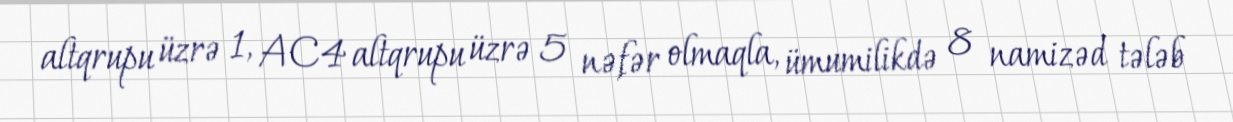
altqrupu üzrə 1, AC4 altqrupu üzrə 5 nəfər olmaqla, ümumilikdə 8 namizəd tələb